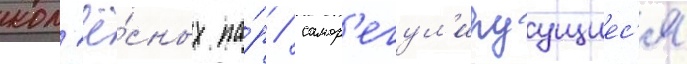
кол'ё́сных па́р / самор'егул'ируущиес'я